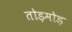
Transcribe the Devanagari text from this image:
तोड़मोड़